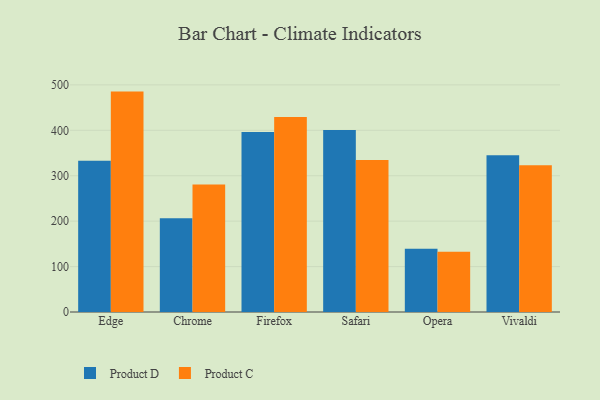
{"axis": {"x": "Browser", "y": "Market Share (%)"}, "legend": ["Product C", "Product D"], "data": [{"x": "Edge", "y": 332.9, "type": "Product D"}, {"x": "Edge", "y": 485.2, "type": "Product C"}, {"x": "Chrome", "y": 206.6, "type": "Product D"}, {"x": "Chrome", "y": 280.6, "type": "Product C"}, {"x": "Firefox", "y": 396.0, "type": "Product D"}, {"x": "Firefox", "y": 429.4, "type": "Product C"}, {"x": "Safari", "y": 400.7, "type": "Product D"}, {"x": "Safari", "y": 334.6, "type": "Product C"}, {"x": "Opera", "y": 139.2, "type": "Product D"}, {"x": "Opera", "y": 132.5, "type": "Product C"}, {"x": "Vivaldi", "y": 345.2, "type": "Product D"}, {"x": "Vivaldi", "y": 323.0, "type": "Product C"}]}